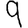
Digit: 9